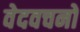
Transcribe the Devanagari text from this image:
वेदवचनों